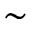
\sim